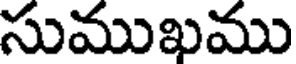
సుముఖము